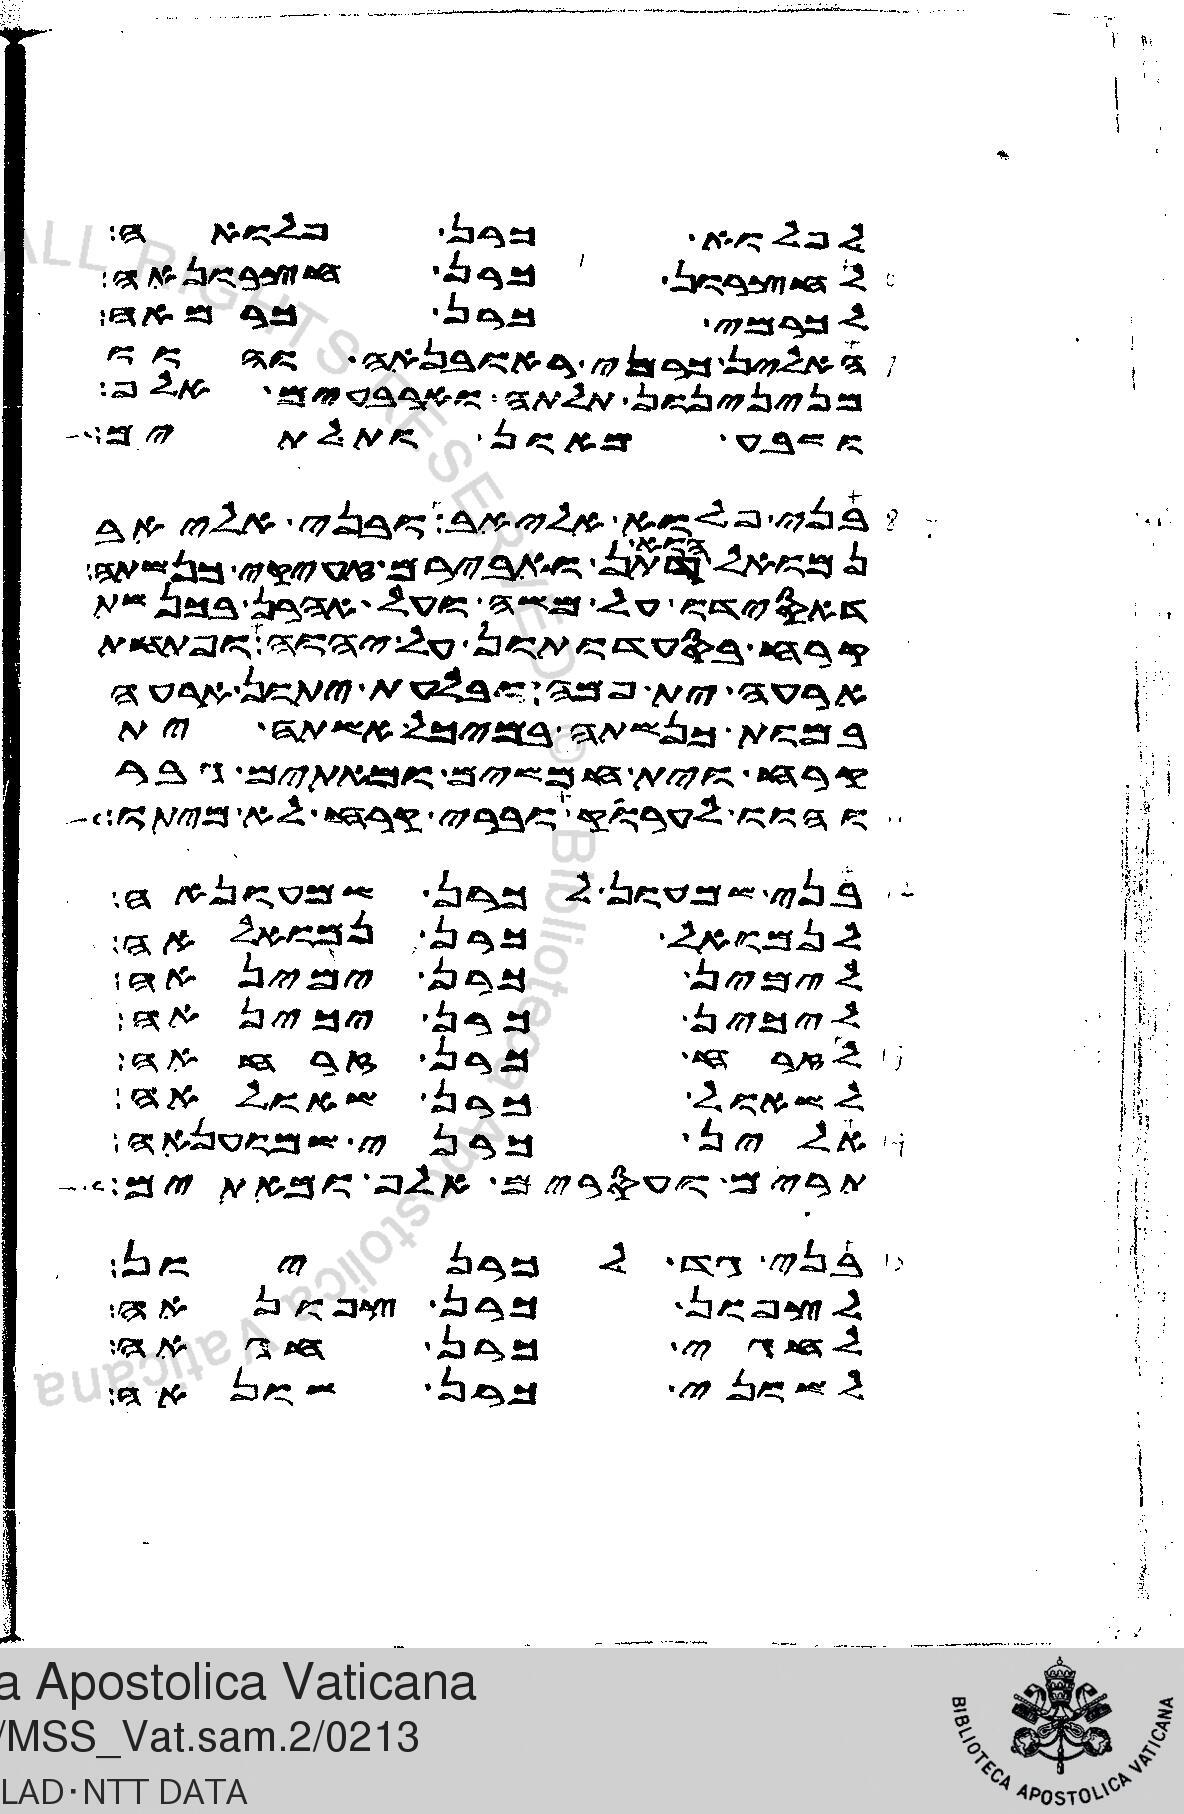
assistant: לפלוא כרן פלואה
לחצרון כרן חצרונאה
לכרמי כרן כרמאה
האלין כרני ראובנאה והוו
מנינינון תלתה וארבעים אלף
ושבע מאון ותלתים
בני פלוא אליאב ובני אליאב
הוא דתן ואבירם זעיקי כנשתה
דאסידו על משה ועל אהרן בכנשת
קרח בסעדותון על יהוה ופתחת
ארעה ית פמה ובלעת יתון ארעה
במות כנשתה במיכל אשתה ית
קרח וית חמשים ומאתים גבר
והוו לערוק וברי קרח לא מיתו
בני שמעון לכרן שמעונאה
לנמואל כרן נמואלאה
לימין כרן ימינאה
ליכין כרן יכינאה
לזרח כרן זרחאה
לשאול כרן שאולאה
אלין כרני שמעונאה
תרים ועסרים אלף ומאתים
בני גד לכרניון
לצפון כרן צפונאה
לחגי כרן חגאה
לשוני כרן שונאה